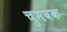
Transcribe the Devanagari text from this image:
चुमबक